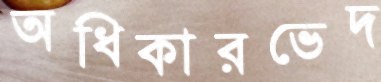
অধিকারভেদ